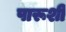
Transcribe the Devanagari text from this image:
पारूशी